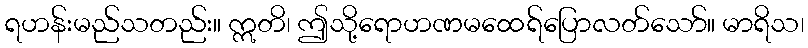
ရဟန်းမည်သတည်း။ ဣတိ၊ ဤသို့ရောဟဏမထေရ်ပြောလတ်သော်။ မာရိသ၊